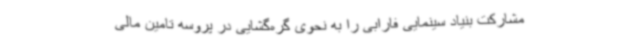
مشارکت بنیاد سینمایی فارابی را به نحوی گره‌گشایی در پروسه تامین مالی